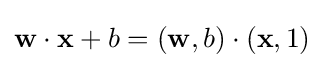
\mathbf {w} \cdot \mathbf {x} +b=(\mathbf {w} ,b)\cdot (\mathbf {x} ,1)